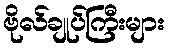
ဗိုလ်ချုပ်ကြီးများ